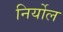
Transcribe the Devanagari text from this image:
निर्योल